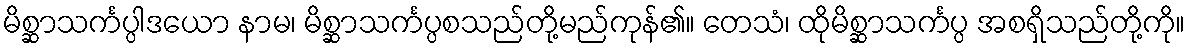
မိစ္ဆာသင်္ကပ္ပါဒယော နာမ၊ မိစ္ဆာသင်္ကပ္ပစသည်တို့မည်ကုန်၏။ တေသံ၊ ထိုမိစ္ဆာသင်္ကပ္ပ အစရှိသည်တို့ကို။